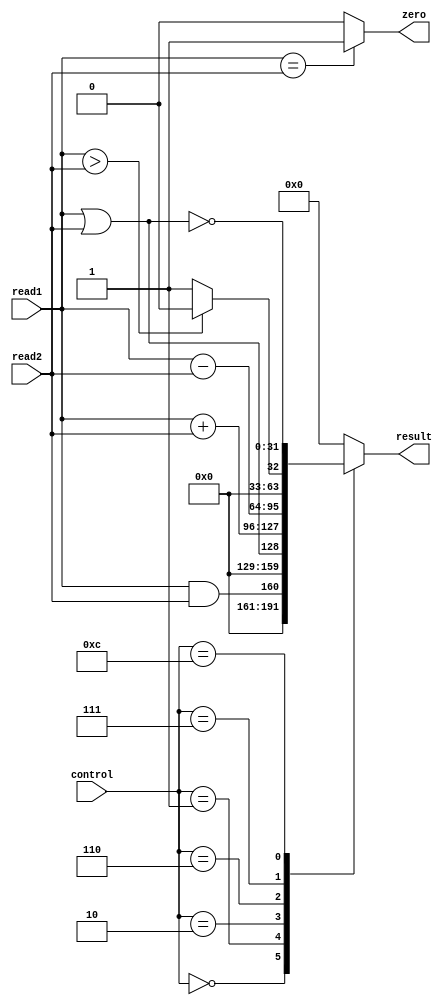
`timescale 1ns / 1ps
//////////////////////////////////////////////////////////////////////////////////
// Company: 
// Engineer: 
// 
// Design Name: 
// Module Name:    alu 
// Project Name: 
// Target Devices: 
// Tool versions: 
// Description: 
//
// Dependencies: 
//
// Revision: 
// Revision 0.01 - File Created
// Additional Comments: 
//
//////////////////////////////////////////////////////////////////////////////////
module alu(
	 read1, 
	 read2,
	 control, 
	 result,
	 zero
    );
	 
	 input[31:0] read1;
	 input[31:0] read2;
	 input[3:0] control; 
	 output reg [31:0] result; 
	 output reg zero;
	 
	 always @(read1,read2,control) 
		begin 
		case(control)
		4'b0000:  result <= read1 && read2;
		4'b0001: result <= read1 || read2;
		4'b0010: result <= read1 + read2;
		4'b0110: result <= read1 - read2;
		4'b0111: begin
			if (read1 > read2) begin 
				result <= 0; 
			end else begin 
				result <= 1; 
			end
			end 
		4'b1100: result <= ~(read1 || read2);
		default: result <= 0;
		endcase
		if (read1 == read2) begin 
			zero = 1; 
		end else begin 
			zero = 0; 
		end 
	end 
endmodule